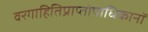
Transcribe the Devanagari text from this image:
वरगाहितिप्राप्तोपाधिकानॉ